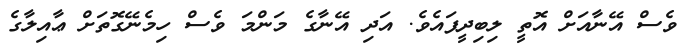
ވެސް އޭނާއަށް އޮތީ ލިބިދީފައެވެ. އަދި އޭނާގެ މަންމަ ވެސް ހިމެނޭގޮތަށް ޢާއިލާގެ